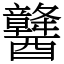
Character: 䤗